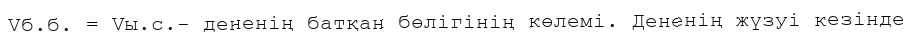
Vб.б. = Vы.с.- дененің батқан бөлігінің көлемі. Дененің жүзуі кезінде